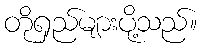
တိုရှည်များပို့သည်။